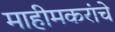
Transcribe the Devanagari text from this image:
माहीमकरांचे